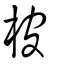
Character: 柀